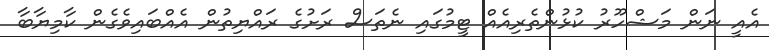
އެއީ ނަން މަޝްހޫރު ކުޅުންތެރިއެއް ޓީމުގައި ނެތަސް ރަށުގެ ރައްޔިތުން އެއްބައިވެގެން ކާމިޔާބާ